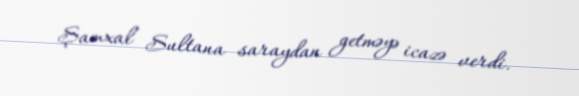
Şamxal Sultana saraydan getməyə icazə verdi.